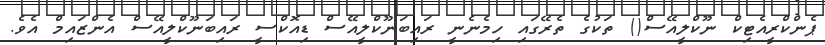
ޕެންކްރީއެޓިކް ނޫކްލީއޭސް() ތަކުގެ ތެރޭގައި ހިމެނެނީ ރައިބަނޫކްލީއޭސް ޑިއޮކްސީ ރައިބަނޫކްލީއޭސް އެންޒައިމް އެވެ.